Lunatic asylums Bombay report 1891-1903 - 1891-1903
Year: 1891
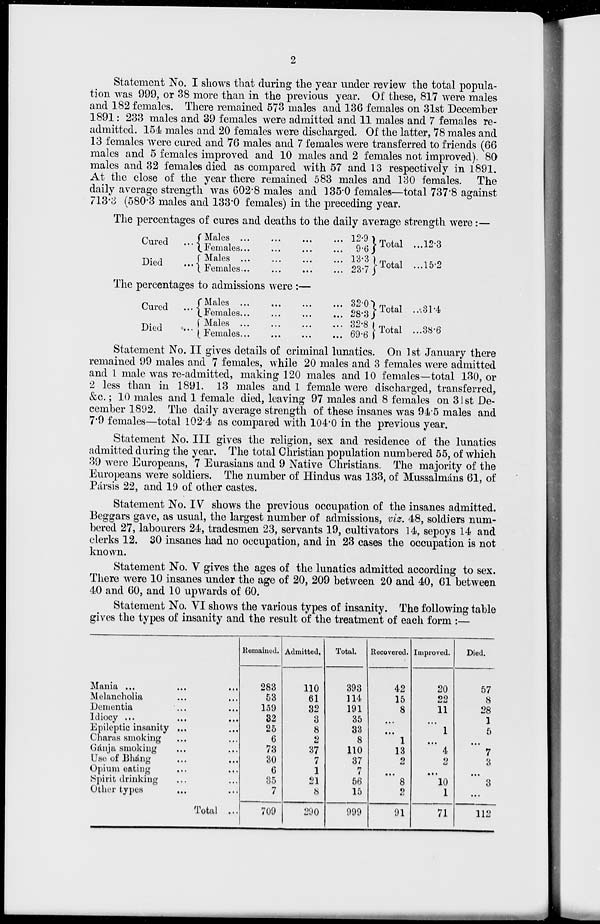
2
Statement No. I shows that during the year under review the total popula-
tion was 999, or 38 more than in the previous year. Of these, 817 were males
and 182 females. There remained 573 males and 136 females on 31st December
1891: 233 males and 39 females were admitted and 11 males and 7 females re-
admitted. 154 males and 20 females were discharged. Of the latter, 78 males and
13 females were cured and 76 males and 7 females were transferred to friends (66
males and 5 females improved and 10 males and 2 females not improved). 80
males and 32 females died as compared with 57 and 13 respectively in 1891.
At the close of the year there remained 583 males and 130 females. The
daily average strength was 602.8 males and 135.0 females—total 737.8 against
713.3 (580.3 males and 133.0 females) in the preceding year.
The percentages of cures and deaths to the daily average strength were :—
Cured ...
Died ...
Males ... ... ... ...
Females ... ... ... ...
Males ... ... ... ...
Females ... ... ... ...
12.9
9.6
13.3
23.7
Total ...
Total ...
12.3
15.2
The percentages to admissions were :—
Cured ...
Died ...
Males ... ... ... ...
Females ... ... ... ....
Males
...
...
...
...
Females ... ... ... ...
32.0
28.3
32.8
69.6
Total ...
Total ...
31.4
38.6
Statement No. II gives details of criminal lunatics. On 1st January there
remained 99 males and 7 females, while 20 males and 3 females were admitted
and 1 male was re-admitted, making 120 males and 10 females—total 130, or
2 less than in 1891. 13 males and 1 female were discharged, transferred,
&c.; 10 males and 1 female died, leaving 97 males and 8 females on 31st De-
cember 1892. The daily average strength of these insanes was 94.5 males and
7.9 females—total 102.4 as compared with 104.0 in the previous year.
Statement No. III gives the religion, sex and residence of the lunatics
admitted during the year. The total Christian population numbered 55, of which
39 were Europeans, 7 Eurasians and 9 Native Christians. The majority of the
Europeans were soldiers. The number of Hindus was 133, of Mussalmáns 61, of
Pársis 22, and 19 of other castes.
Statement No. IV shows the previous occupation of the insanes admitted.
Beggars gave, as usual, the largest number of admissions, viz. 48, soldiers num-
bered 27, labourers 24, tradesmen 23, servants 19, cultivators 14, sepoys 14 and
clerks 12. 30 insanes had no occupation, and in 23 cases the occupation is not
known.
Statement No. V gives the ages of the lunatics admitted according to sex.
There were 10 insanes under the age of 20, 209 between 20 and 40, 61 between
40 and 60, and 10 upwards of 60.
Statement No. VI shows the various types of insanity. The following table
gives the types of insanity and the result of the treatment of each form :—
Mania ... ... ...
Melancholia ... ...
Dementia
...
...
Idiocy ... ... ...
Epileptic insanity ... ...
Charas smoking ... ...
Gánja smoking ... ...
Use of Bháng ... ..
Opium eating ... ...
Spirit drinking ... ...
Other types ... ...
Total ...
Remained.
283
53
159
32
25
6
73
30
6
35
7
709
Admitted.
110
61
32
3
8
2
37
7
1
21
8
290
Total.
393
114
191
35
33
8
110
37
7
56
15
999
Recovered.
42
15
8
...
...
1
13
2
...
8
2
91
Improved.
20
22
11
...
1
...
4
2
...
10
1
71
Died.
57
8
28
1
5
...
7
3
...
3
...
112